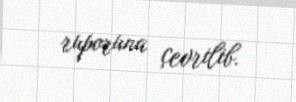
ruporuna çevrilib.